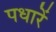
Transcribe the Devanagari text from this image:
पधारें